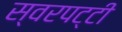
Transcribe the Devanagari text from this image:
स्वरपट्टी